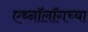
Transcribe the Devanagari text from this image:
एथ्नॉलॉगच्या